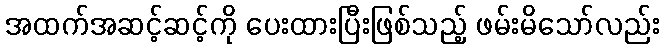
အထက်အဆင့်ဆင့်ကို ပေးထားပြီးဖြစ်သည့် ဖမ်းမိသော်လည်း